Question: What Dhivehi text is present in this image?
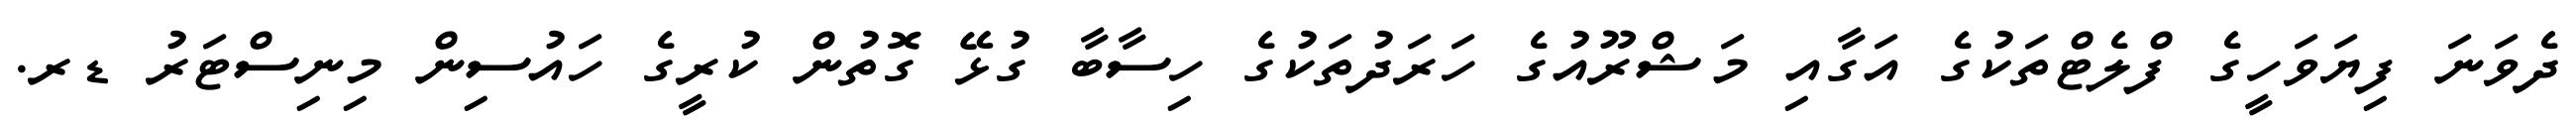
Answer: ދެވަނަ ފިޔަވަހީގެ ފްލެޓްތަކުގެ އަގާއި މަޝްރޫއުގެ ހަރަދުތަކުގެ ހިސާބާ ގުޅޭ ގޮތުން ކުރީގެ ހައުސިން މިނިސްޓަރު ޑރ.